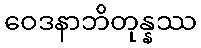
ဝေဒနာဘိတုန္နဿ